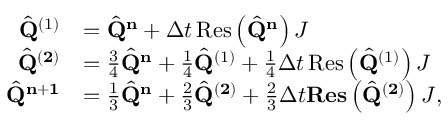
\begin{array} { r l } { \hat { \mathbf { Q } } ^ { ( 1 ) } } & { = \hat { \mathbf { Q } } ^ { \mathbf { n } } + \Delta t \operatorname { R e s } \left( \hat { \mathbf { Q } } ^ { \mathbf { n } } \right) J } \\ { \hat { \mathbf { Q } } ^ { ( \mathbf { 2 } ) } } & { = \frac { 3 } { 4 } \hat { \mathbf { Q } } ^ { \mathbf { n } } + \frac { 1 } { 4 } \hat { \mathbf { Q } } ^ { ( 1 ) } + \frac { 1 } { 4 } \Delta t \operatorname { R e s } \left( \hat { \mathbf { Q } } ^ { ( 1 ) } \right) J } \\ { \hat { \mathbf { Q } } ^ { \mathbf { n } + \mathbf { 1 } } } & { = \frac { 1 } { 3 } \hat { \mathbf { Q } } ^ { \mathbf { n } } + \frac { 2 } { 3 } \hat { \mathbf { Q } } ^ { ( \mathbf { 2 } ) } + \frac { 2 } { 3 } \Delta t \mathbf { R e s } \left( \hat { \mathbf { Q } } ^ { ( \mathbf { 2 } ) } \right) J , } \end{array}